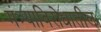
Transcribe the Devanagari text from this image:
मंत्र्याविरोधातील